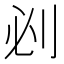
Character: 𠛡